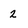
Character: 2